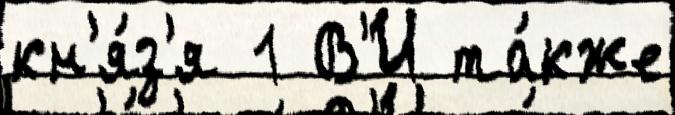
кн'я́з'я 1 В'И та́кже